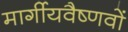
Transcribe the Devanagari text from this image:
मार्गीयवैष्णवों